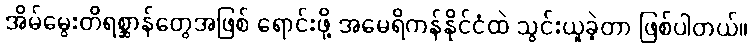
အိမ်မွေးတိရစ္ဆာန်တွေအဖြစ် ရောင်းဖို့ အမေရိကန်နိုင်ငံထဲ သွင်းယူခဲ့တာ ဖြစ်ပါတယ်။